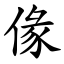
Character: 㑰